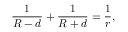
{ \frac { 1 } { R - d } } + { \frac { 1 } { R + d } } = { \frac { 1 } { r } } ,